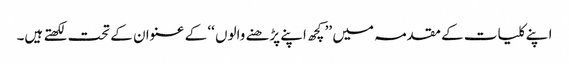
ا پنے کلیات کے مقدمہ میں ’’ کچھ اپنے پڑھنے والوں ‘‘ کے عنوان کے تحت لکھتے ہیں۔